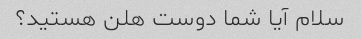
سلام آیا شما دوست هلن هستید؟